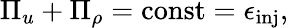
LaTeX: \Pi_{u}+\Pi_{\rho}=\mathrm{const}=\epsilon_{\mathrm{inj}},